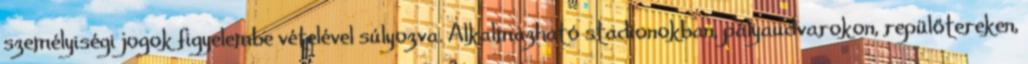
személyiségi jogok figyelembe vételével súlyozva. Alkalmazható stadionokban, pályaudvarokon, repülőtereken,